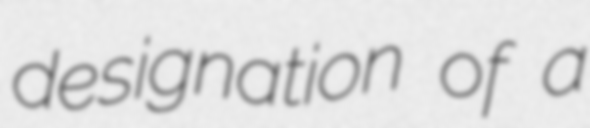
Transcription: designation of a